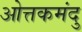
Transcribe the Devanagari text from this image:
ओत्तकमंदु